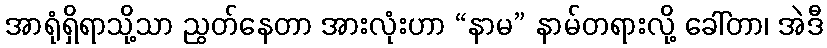
အာရုံရှိရာသို့သာ ညွတ်နေတာ အားလုံးဟာ “နာမ” နာမ်တရားလို့ ခေါ်တာ၊ အဲဒီ